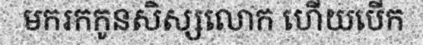
មករកកូនសិស្សលោក ហើយបើក